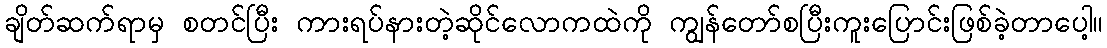
ချိတ်ဆက်ရာမှ စတင်ပြီး ကားရပ်နားတဲ့ဆိုင်လောကထဲကို ကျွန်တော်စပြီးကူးပြောင်းဖြစ်ခဲ့တာပေါ့။